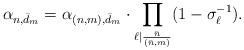
LaTeX: \begin{align*} \alpha_{n,\bar{d}_m} = \alpha_{(n,m),\bar{d}_m} \cdot \prod_{\ell \mid \frac{\bar{n} }{(\bar{n},m)}} (1-\sigma_{\ell}^{-1}).\end{align*}